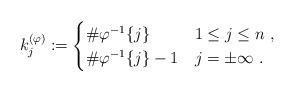
LaTeX: \begin{align*}k^{(\varphi)}_j :=\begin{cases}\#\varphi^{-1}\{j\} & 1\le j\le n\ , \\\#\varphi^{-1}\{j\}-1 & j=\pm\infty\ .\end{cases}\end{align*}